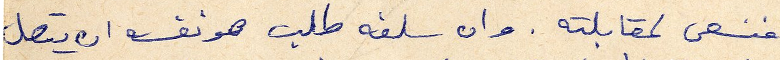
فنسعى لمقابلته . وان سلفه طلب هو نفسه ان يتصل